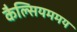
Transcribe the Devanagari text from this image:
कैल्सियममय